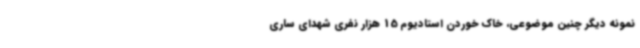
نمونه دیگر چنین موضوعی، خاک خوردن استادیوم 15 هزار نفری شهدای ساری